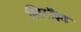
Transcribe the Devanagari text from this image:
स्टिरॉइड